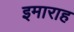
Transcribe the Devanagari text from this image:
इमाराह